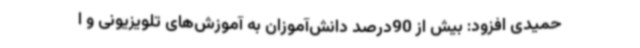
حمیدی افزود: بیش از 90درصد دانش‌آموزان به آموزش‌های تلویزیونی و ا